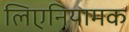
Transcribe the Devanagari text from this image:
लिएनियामक